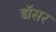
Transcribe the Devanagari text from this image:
डॉसर